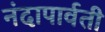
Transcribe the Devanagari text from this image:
नंदापार्वती